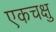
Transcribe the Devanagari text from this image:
एकचक्षु